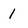
Character: 1